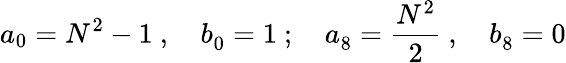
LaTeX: a_{0}=N^{2}-1~,\quad b_{0}^{}=1~;\quad a_{8}^{}=\frac{N^{2}}2~,\quad b_{8}^{}=0